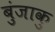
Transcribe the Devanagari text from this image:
बुंजाकु